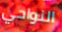
النواحي